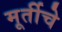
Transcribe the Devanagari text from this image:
मूर्तीचेे